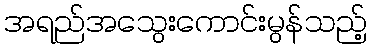
အရည်အသွေးကောင်းမွန်သည့်